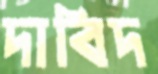
দাবিদ